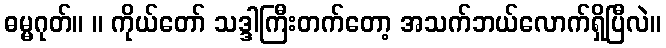
ဓမ္မဂုတ်။ ။ ကိုယ်တော် သဒ္ဒါကြီးတက်တော့ အသက်ဘယ်လောက်ရှိပြီလဲ။